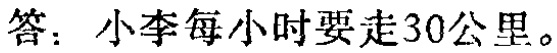
答：小李每小时要走30公里。